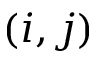
( i , j )